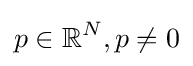
p\in \mathbb {R} ^{N},p\neq 0